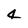
Character: 4